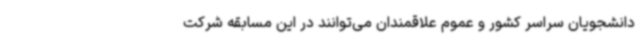
دانشجویان سراسر کشور و عموم علاقمندان می‌توانند در این مسابقه شرکت